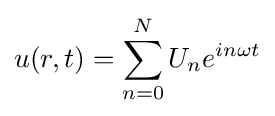
u(r,t)=\sum _{n=0}^{N}U_{n}e^{in\omega t}